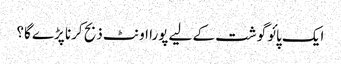
ایک پائو گوشت کے لیے پورا اونٹ ذبح کرنا پڑے گا؟